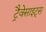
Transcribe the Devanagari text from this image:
ट्रैवेसाइट्स